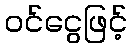
ဝင်ငွေဖြင့်